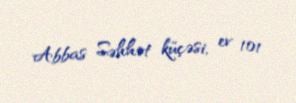
Abbas Səhhət küçəsi, ev 101